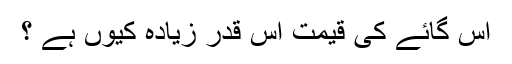
اس گائے کی قیمت اس قدر زیادہ کیوں ہے ؟